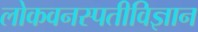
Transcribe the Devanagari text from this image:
लोकवनस्पतीविज्ञान